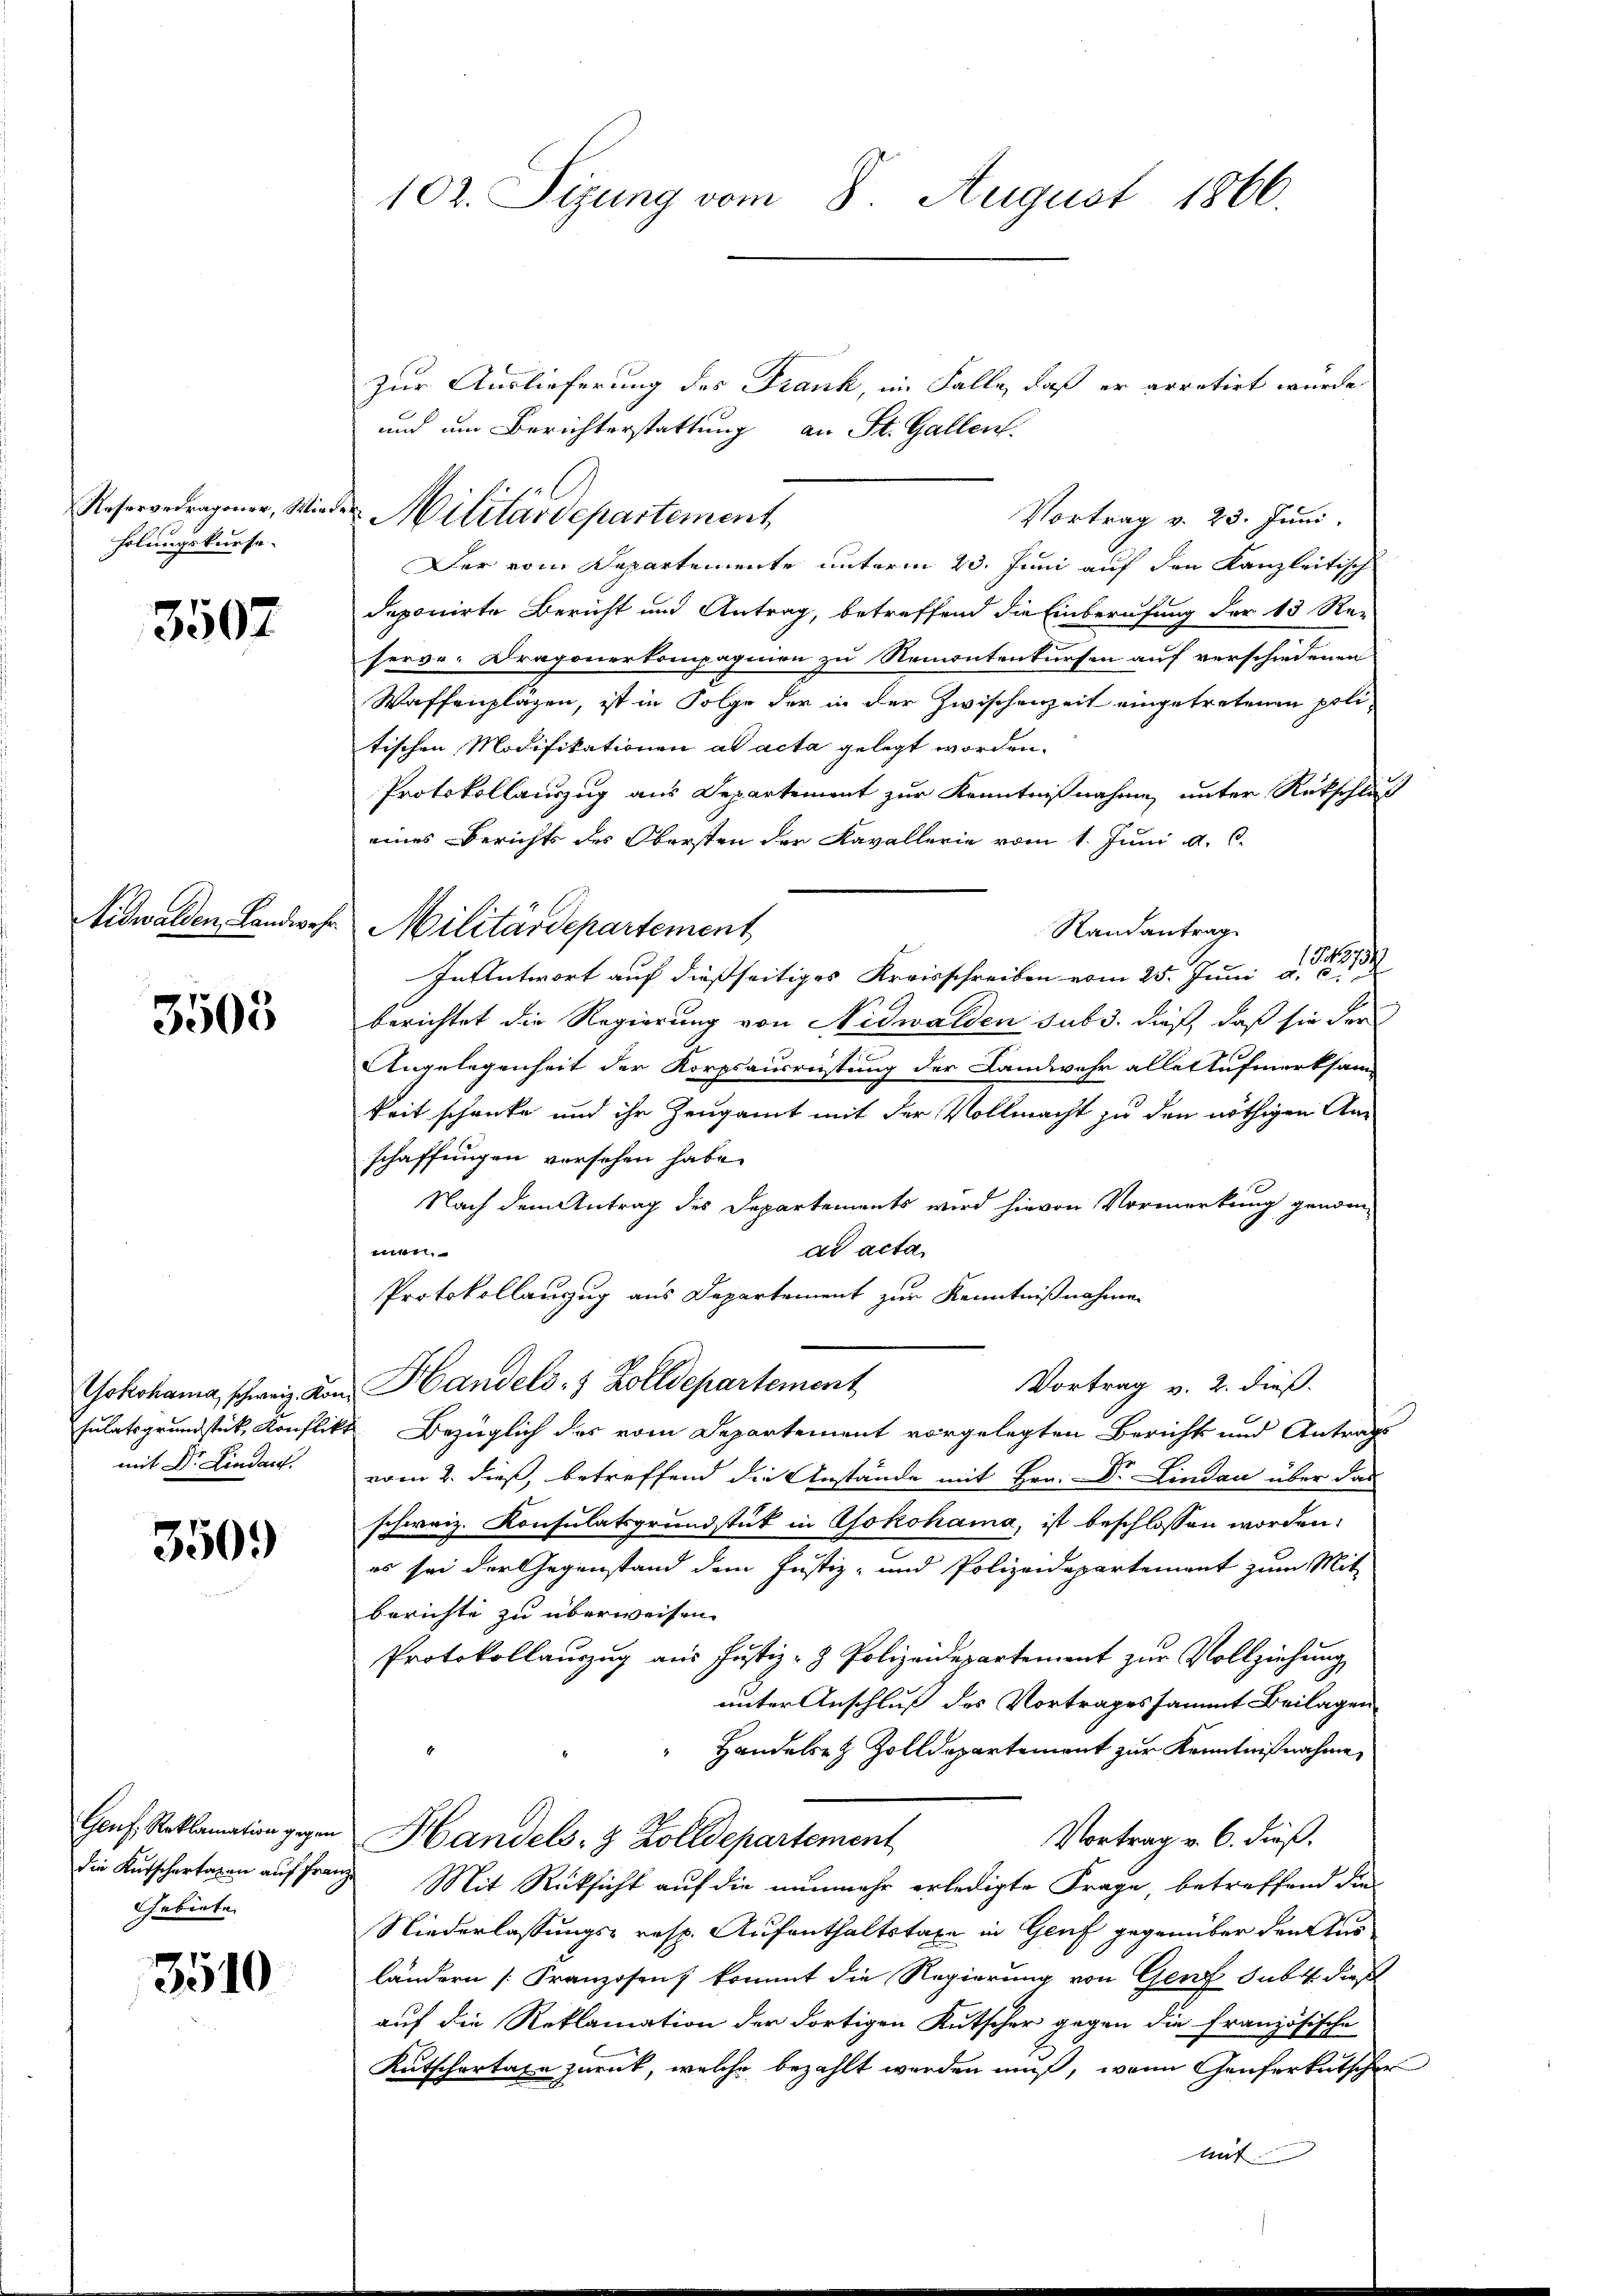
Reserverragoner, Wied.
holungskurse.

3507

Nidwalden Landwehr

3505

Yokohama, schweiz. Kon
mit Dr. Lindac

3509

Genf, Reklamation gegen
Gebiete

3510

102. Sizung vom 8. August 1866.

zur Auslieferung des Frank, im Falle, daß er arretirt wurde
und um Berichterstattung an St. Gallen.
Vortrag v. 23. Juni.
Der vom Departemente unterm 23. Juni auf den Kanzleitisch
deponirte Bericht und Antrag, betreffend die Einberufung der 13 Re-
serve-Dragonerkompagnien zu Remontenkursen auf verschiedenen
Waffenplägen, ist in Folge der in der Zwischenzeit eingetretenen politischen Modifikationen ad acta gelegt worden.
Protokollauszug aus Departement zur Kenntnißnahme, unter Rückschlus
eines Berichts des Obersten der Kavallerie vom 1. Juni a. c.
Militärdepartement
Randantrag
In Antwort auf dießseitiges Kreisschreiben vom 25. Juni d. 1883
berichtet die Regierung von Nidwalden sub 3. dieß, daß sie der
Angelegenheit der Korpsausrüstung der Landwehr alle Aufmerksam
keit schenke und ihr Zeugamt mit der Vollmacht zu den nöthigen Anschaffungen versehen habe.
Nach dem Antrag des Departements wird hievon Vormerkung genom-
ad acta
en
Protokollauszug aus Departement zur Kenntnißnahme
Vortrag v. 2. dieß.
Handels- & Zolldepartement
sulatsgrundstück, Konflikt Bezüglich des vom Departement vorgelegten Bericht und Antrag
vom 2. dieß, betreffend die Anstände mit Hrn. Dr. Lindau über das
schweiz. Konsulatsgrundstück in Yokohama, ist beschlossen worden:
es sei der Gegenstand dem Justiz- und Polizeidepartement zum Mit-
berichte zu überweisen.
Protokollauszug aus Justiz- & Polizeidepartement zur Vollziehung
unter Anschluß des Vortragessammt Beilagen
Handelsez Zolldepartement zur Kenntnißnahme,
Vortrag v. 6. dieß.
Handels- & Zolldepartement
die Kutschartagen auf franze Mit Rücksicht auf die nunmehr erledigte Frage, betreffend die
Niederlassungs- resp. Aufenthaltstaxe in Genf gegenüber den Aus
ländern [Franzosen, kommt die Regierung von Genf sub dies
auf die Reklamation der dortigen Kutscher gegen die Französische
Kutschartage zurück, welche bezahlt werden muß, wenn Genferkutscher

Militärdepartement